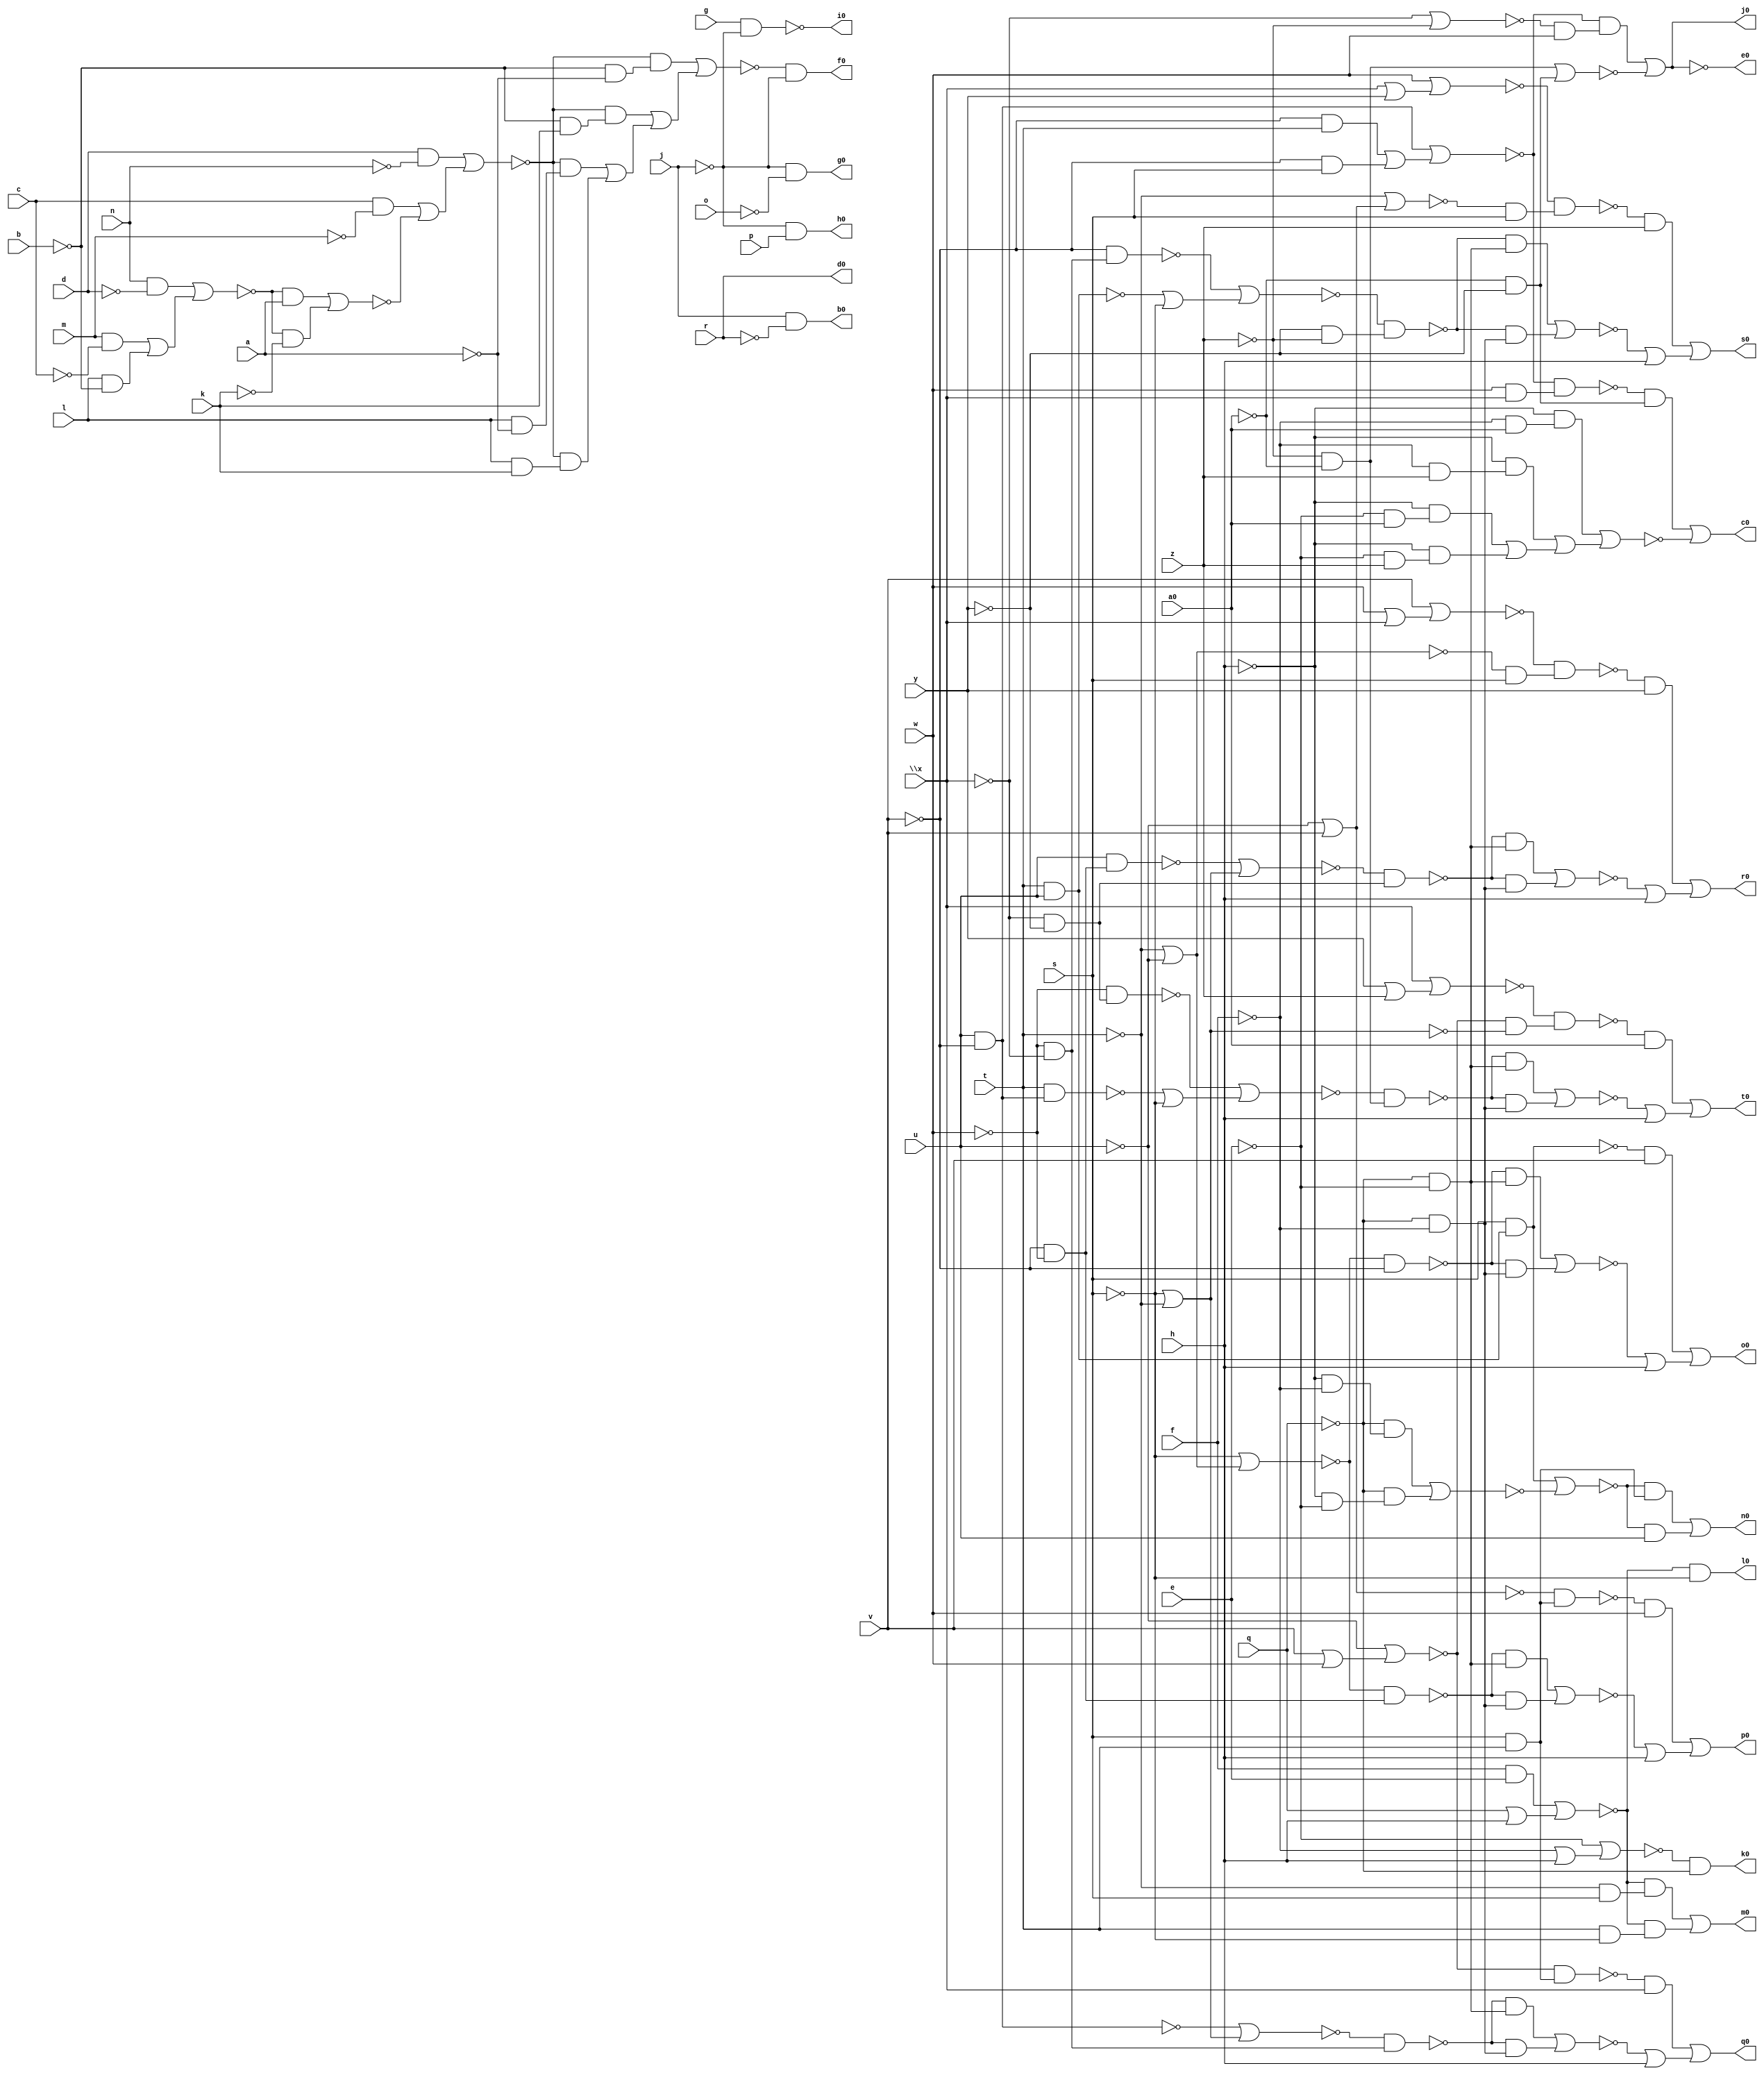
// IWLS benchmark module "lal" printed on Wed May 29 17:27:51 2002
module lal(a, b, c, d, e, f, g, h, j, k, l, m, n, o, p, q, r, s, t, u, v, w, \x , y, z, a0, b0, c0, d0, e0, f0, g0, h0, i0, j0, k0, l0, m0, n0, o0, p0, q0, r0, s0, t0);
input
  a,
  b,
  c,
  d,
  e,
  f,
  g,
  h,
  j,
  k,
  l,
  m,
  n,
  o,
  p,
  q,
  r,
  s,
  t,
  u,
  v,
  w,
  \x ,
  y,
  z,
  a0;
output
  b0,
  c0,
  d0,
  e0,
  f0,
  g0,
  h0,
  i0,
  j0,
  k0,
  l0,
  m0,
  n0,
  o0,
  p0,
  q0,
  r0,
  s0,
  t0;
wire
  \[5] ,
  \[6] ,
  \[7] ,
  \[8] ,
  \[9] ,
  a2,
  a3,
  a4,
  b2,
  b3,
  c2,
  c3,
  d2,
  d3,
  d4,
  e3,
  f2,
  f3,
  f4,
  g2,
  g3,
  h2,
  i2,
  i3,
  j3,
  k2,
  k3,
  k4,
  l2,
  l3,
  m2,
  m3,
  n1,
  n2,
  n3,
  o2,
  o3,
  p2,
  p3,
  q1,
  \[10] ,
  r2,
  \[11] ,
  r3,
  s2,
  \[12] ,
  s3,
  t2,
  \[13] ,
  t3,
  u2,
  \[14] ,
  u3,
  v2,
  \[15] ,
  v3,
  \[0] ,
  w2,
  \[16] ,
  w3,
  \[1] ,
  x1,
  x2,
  \[17] ,
  x3,
  y1,
  \[18] ,
  \[3] ,
  z2,
  \[4] ;
assign
  \[5]  = ~j & ~o,
  \[6]  = ~j & p,
  \[7]  = ~k4,
  \[8]  = (~t3 & (~u3 & w)) | ~v3,
  \[9]  = ~n1 & ~q,
  a2 = s & (t & u),
  a3 = (~b3 & (~q & ~e)) | (~b3 & (~q & ~f)),
  a4 = (d & ~n) | ((c & ~m) | ~d4),
  b0 = \[0] ,
  b2 = (~c2 & (~q & ~e)) | (~c2 & (~q & ~f)),
  b3 = ~c3 & (~y & ~z),
  c0 = \[1] ,
  c2 = ~d2 & ~v,
  c3 = ~e3 | (~d3 | ~s),
  d0 = r,
  d2 = ~s | (~t | ~u),
  d3 = t & u,
  d4 = (~f4 & a) | (~f4 & ~k),
  e0 = \[3] ,
  e3 = ~v & (~w & ~\x ),
  f0 = \[4] ,
  f2 = ~i2 & (s & t),
  f3 = ~t | (~u | v),
  f4 = (n & ~d) | ((m & ~c) | (l & ~b)),
  g0 = \[5] ,
  g2 = (~h2 & (~q & ~e)) | (~h2 & (~q & ~f)),
  g3 = w | (\x  | y),
  h0 = \[6] ,
  h2 = ~d2 & (~v & ~w),
  i0 = \[7] ,
  i2 = ~u | v,
  i3 = ~p3 & (~p2 & ~o3),
  j0 = \[8] ,
  j3 = (~k3 & (~q & ~e)) | (~k3 & (~q & ~f)),
  k0 = \[9] ,
  k2 = ~p2 & (s & t),
  k3 = ~l3 & (~z & ~a0),
  k4 = g & ~j,
  l0 = \[10] ,
  l2 = (~m2 & (~q & ~e)) | (~m2 & (~q & ~f)),
  l3 = ~n3 | (~m3 | ~s),
  m0 = \[11] ,
  m2 = ~n2 & (~w & ~\x ),
  m3 = t & (u & ~v),
  n0 = \[12] ,
  n1 = ~e | (~f | h),
  n2 = ~o2 | (~s | ~t),
  n3 = ~w & (~\x  & ~y),
  o0 = \[13] ,
  o2 = u & ~v,
  o3 = ~s | ~t,
  p0 = \[14] ,
  p2 = ~u | (v | w),
  p3 = \x  | (y | z),
  q0 = \[15] ,
  q1 = (f & e) | (q | h),
  \[10]  = ~q1 & ~s,
  r0 = \[16] ,
  r2 = ~x2 & (~w2 & s),
  \[11]  = (~q1 & (~t & s)) | (~q1 & (t & ~s)),
  r3 = ~t3 & (w & \x ),
  s0 = \[17] ,
  s2 = (~t2 & (~q & ~e)) | (~t2 & (~q & ~f)),
  \[12]  = (~x1 & (t & s)) | (~x1 & u),
  s3 = (~h & (~f & a0)) | ((~h & (~f & z)) | ((~h & (~e & a0)) | (~h & (~e & z)))),
  t0 = \[18] ,
  t2 = ~u2 & (~\x  & ~y),
  \[13]  = (~a2 & v) | (~b2 | h),
  t3 = (~v & u) | ((~v & t) | (~v & s)),
  u2 = ~v2 | (~s | ~t),
  \[14]  = (~f2 & w) | (~g2 | h),
  u3 = ~\x  | ~z,
  v2 = u & (~v & ~w),
  \[15]  = (~k2 & \x ) | (~l2 | h),
  v3 = (~a0 & ~z) | (~a0 & ~y),
  \[0]  = j & ~r,
  w2 = ~t | ~u,
  \[16]  = (~r2 & y) | (~s2 | h),
  w3 = (~t3 & (~u3 & w)) | ~v3,
  \[1]  = (~r3 & (~y & ~a0)) | ~s3,
  x1 = (s & (t & u)) | ~y1,
  x2 = v | (w | \x ),
  \[17]  = (~z2 & z) | (~a3 | h),
  x3 = (~a4 & (~b & ~a)) | ((~a4 & (~b & k)) | ((~a4 & (l & ~a)) | (~a4 & (l & k)))),
  y1 = (~q & (~h & ~f)) | (~q & (~h & ~e)),
  \[18]  = (~i3 & a0) | (~j3 | h),
  \[3]  = ~w3,
  z2 = ~g3 & (~f3 & s),
  \[4]  = ~x3 & ~j;
endmodule